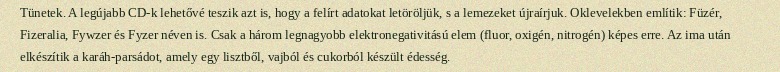
Tünetek. A legújabb CD-k lehetővé teszik azt is, hogy a felírt adatokat letöröljük, s a lemezeket újraírjuk. Oklevelekben említik: Füzér, Fizeralia, Fywzer és Fyzer néven is. Csak a három legnagyobb elektronegativitású elem (fluor, oxigén, nitrogén) képes erre. Az ima után elkészítik a karáh-parsádot, amely egy lisztből, vajból és cukorból készült édesség.